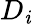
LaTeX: D_{\mathit{i}}